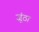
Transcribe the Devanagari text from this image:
जूंठा